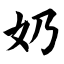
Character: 奶